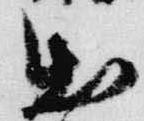
出